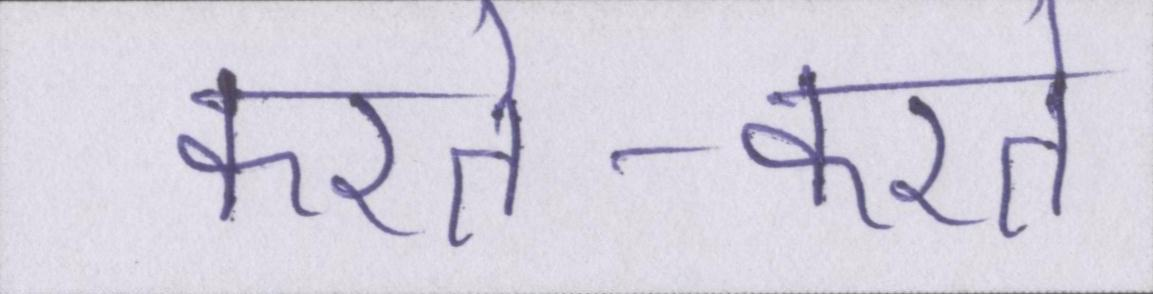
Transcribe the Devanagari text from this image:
करते-करते